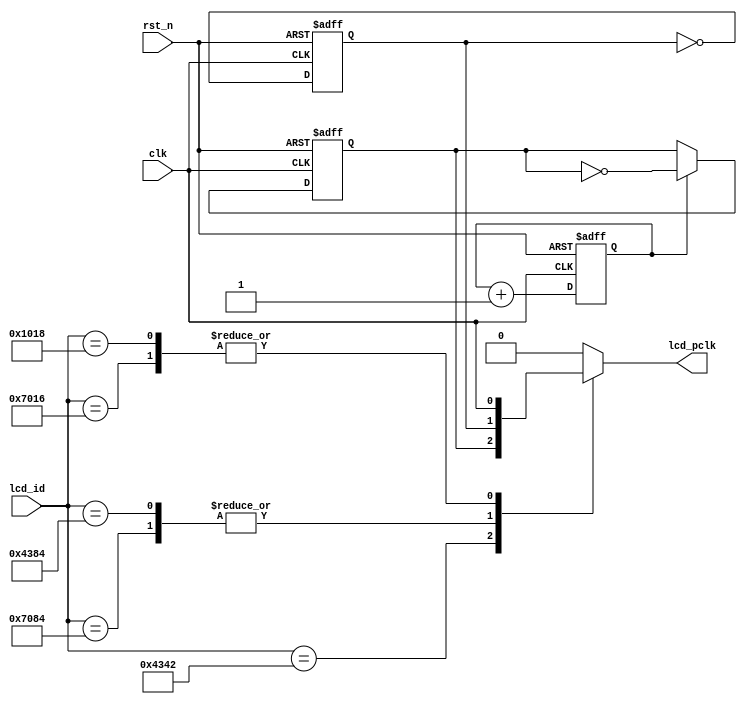
`timescale 1ns / 1ps


module clk_div(
    input clk,
    input rst_n,
    input [15:0] lcd_id,
    output reg lcd_pclk
    );

    reg clk_25m;
    reg clk_12_5m;
    reg div_4_cnt;

    always @(posedge clk or negedge rst_n) begin
        if (!rst_n) begin
            clk_25m <= 1'b0;
        end
        else begin
            clk_25m <= ~clk_25m;
        end
    end

    always @(posedge clk or negedge rst_n) begin
        if (!rst_n) begin
            div_4_cnt <= 1'b0;
            clk_12_5m <= 1'b0;
        end
        else begin
            div_4_cnt <= div_4_cnt + 1'b1;
            if (div_4_cnt == 1'b1) begin
                clk_12_5m <= ~clk_12_5m;
            end
        end
    end

    always @(*) begin
        case (lcd_id)
            16'h4342: lcd_pclk = clk_12_5m;
            16'h7084: lcd_pclk = clk_25m;
            16'h7016: lcd_pclk = clk;
            16'h4384: lcd_pclk = clk_25m;
            16'h1018: lcd_pclk = clk;
            default: lcd_pclk = 0; 
        endcase
    end
endmodule